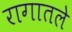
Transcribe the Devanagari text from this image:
रागातले